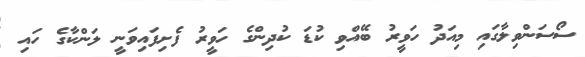
ސޯސަންވިލާގައި މިއަދު ހަވީރު ބޭއްވި ކުޑަ ކުދިންގެ ހަވީރު ފެށިފައިވަނީ ލަންކާގެ ހައި